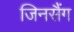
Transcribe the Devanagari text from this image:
जिनसैंग